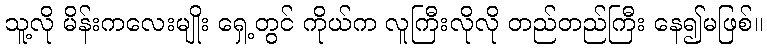
သူ့လို မိန်းကလေးမျိုး ရှေ့တွင် ကိုယ်က လူကြီးလိုလို တည်တည်ကြီး နေ၍မဖြစ်။